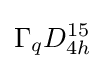
\Gamma _{q}D_{4h}^{15}